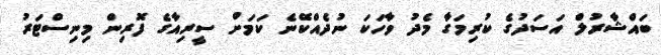
ބައްޝާރުލް އަސަދުގެ ކުރިމަގާ މެދު ވާހަކަ ނުދެއްކޭނެ ކަމަށް ސީރިއާގެ ފޮރިން މިނިސްޓަރު